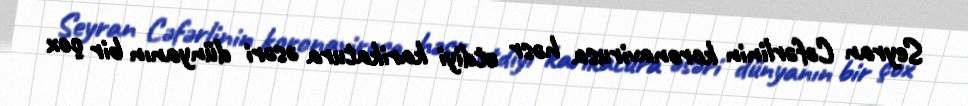
Seyran Cəfərlinin koronavirusa həsr etdiyi karikatura əsəri dünyanın bir çox